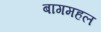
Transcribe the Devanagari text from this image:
बागमहल